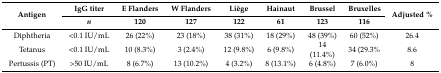
| <ROWSPAN=2> Antigen | IgG titer | E Flanders | W Flanders | Liège | Hainaut | Brussel | Bruxelles | <ROWSPAN=2> Adjusted % |
 | n | 120 | 127 | 122 | 61 | 123 | 116 |
 | --- | --- | --- | --- | --- | --- | --- | --- | --- |
 | Diphtheria | <0.1 IU/mL | 26 (22%) | 23 (18%) | 38 (31%) | 18 (29%) | 48 (39%) | 60 (52%) | 26.4 |
 | Tetanus | <0.1 IU/mL | 10 (8.3%) | 3 (2.4%) | 12 (9.8%) | 6 (9.8%) | 14 (11.4%) | 34 (29.3% | 8.6 |
 | Pertussis (PT) | >50 IU/mL | 8 (6.7%) | 13 (10.2%) | 4 (3.2%) | 8 (13.1%) | 6 (4.8%) | 7 (6.0%) | 8 |